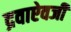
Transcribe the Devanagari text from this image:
द्रवाऐवजी